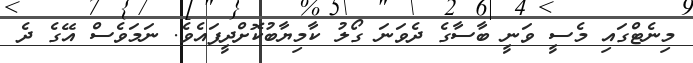
މިނެޓްގައި މެސީ ވަނީ ބާސާގެ ދެވަނަ ގޯލު ކާމިޔާބުކޮށްދީފައެވެ. ނަމަވެސް އޭގެ ދެ